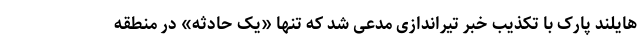
هایلند پارک با تکذیب خبر تیراندازی مدعی شد که تنها «یک حادثه» در منطقه